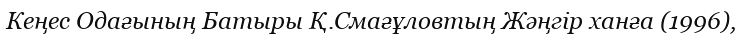
Кеңес Одағының Батыры Қ.Смағұловтың Жәңгір ханға (1996),